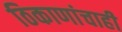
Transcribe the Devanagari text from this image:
ठिकाणांचाही